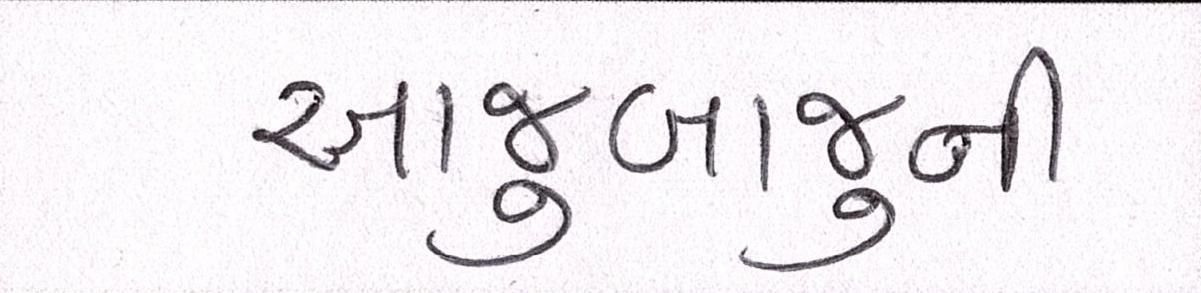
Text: આજુબાજુની